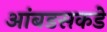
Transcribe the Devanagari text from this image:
आंबडसकडे